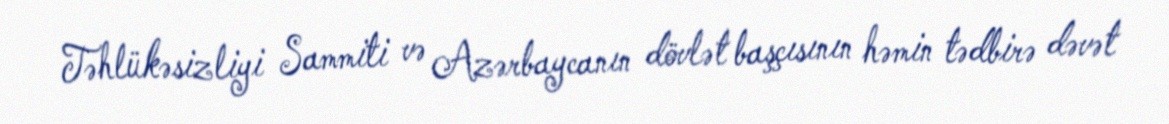
Təhlükəsizliyi Sammiti və Azərbaycanın dövlət başçısının həmin tədbirə dəvət